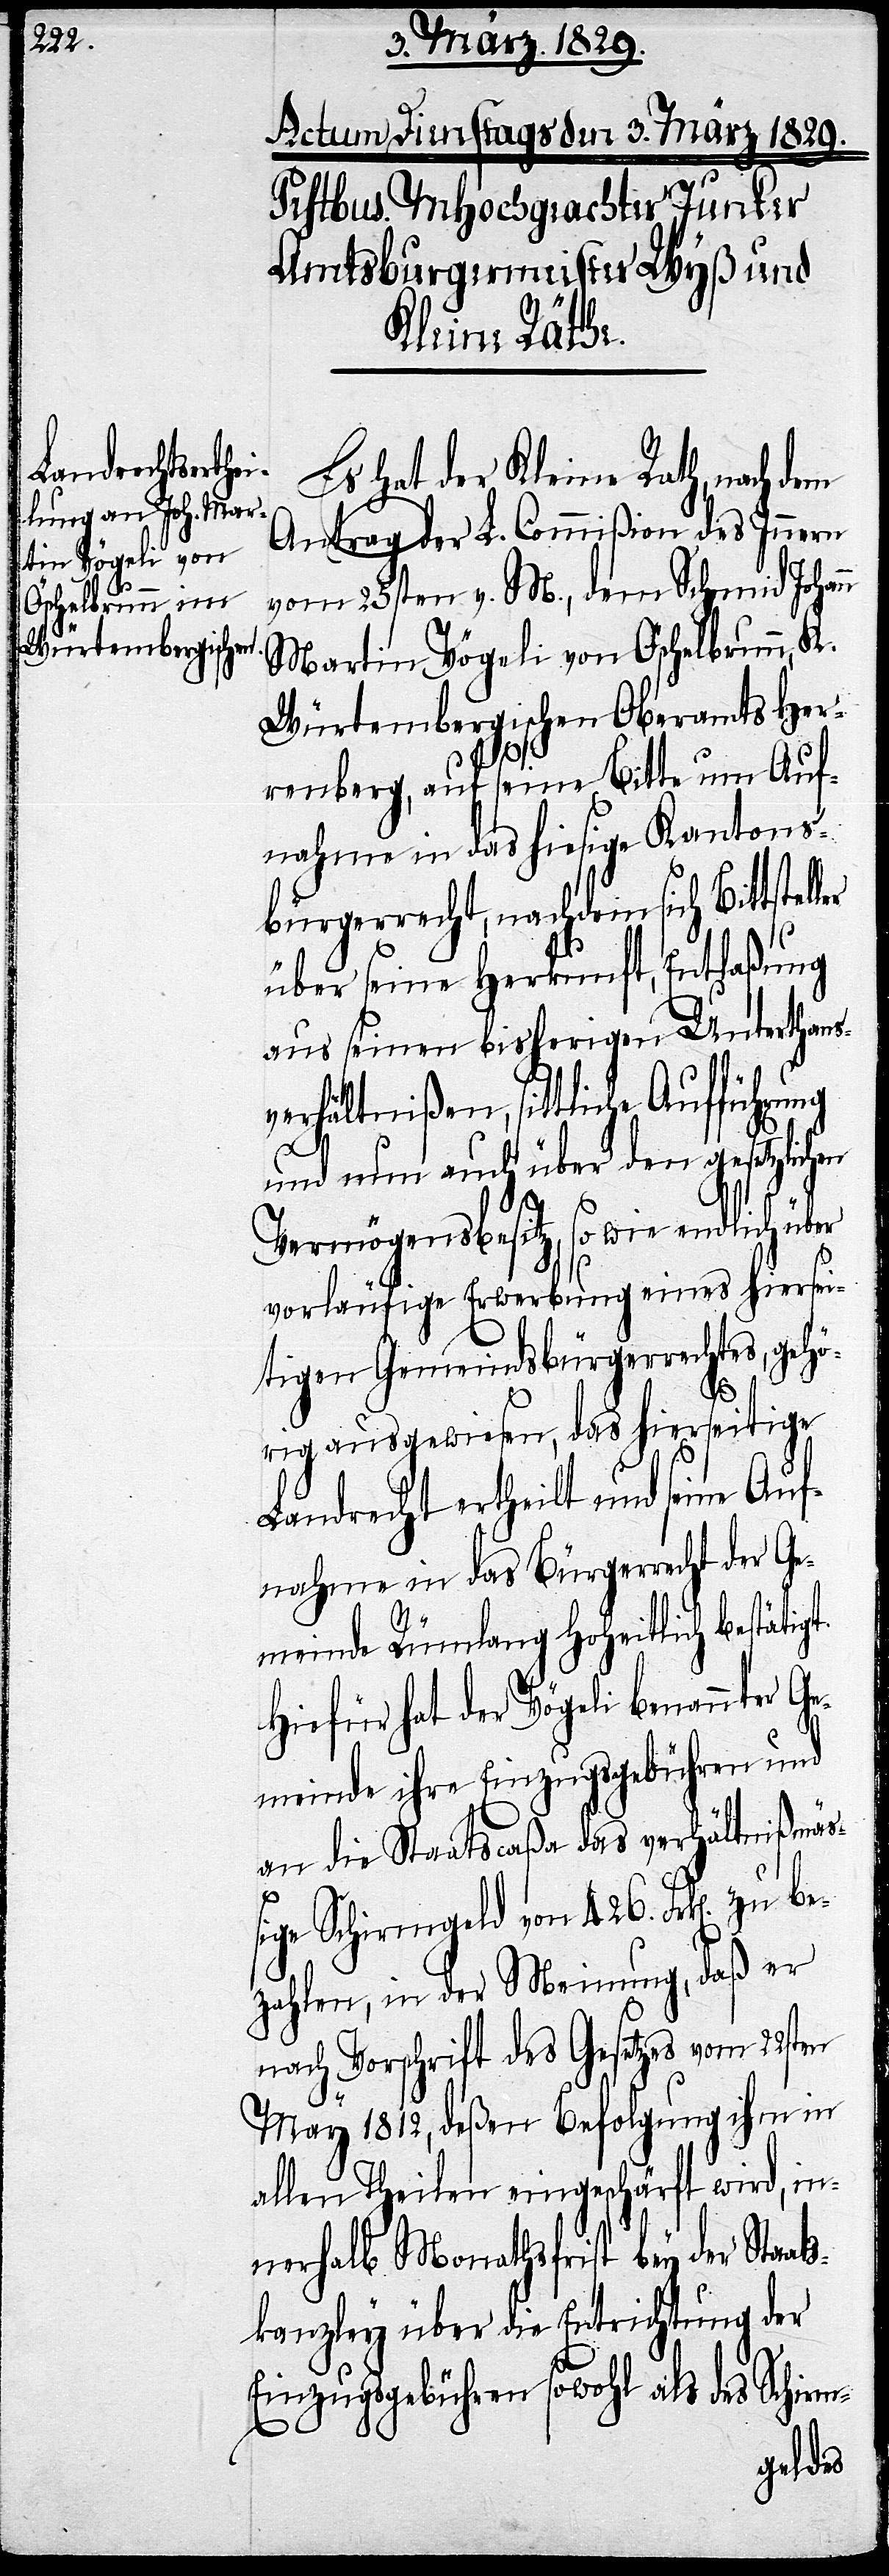
Es hat der Kleine Rath, nach dem
Antrag der L. Commißion des Innern
vom 25sten v. M., dem Schmid Johann
Martin Vögeli von Öschelbrunn, K.
Würtembergischen Oberamts Her¬
renberg, auf seine Bitte um Auf¬
nahme in das hiesige Kantons¬
bürgerrecht, nachdem sich Bittstel¬
über seinen bisherigen Unterthans¬
verhältnißen, sittliche Aufführung
be¬
und nun auch über den gesetzlichen
Vermögensbesitz, so wie endlich über
vorläufige Erwerbung eines hiersei¬
tigen Gemeindsbürgerrechtes, gehö¬
rig ausgewiesen, das hierseitige
Landrecht ertheilt und seine Auf¬
nahme in das Bürgerrecht der Ge¬
meinde Rümlang hoheitlich bestätig¬
Hiefür hat der Vögeli benannter G¬
emeinde ihre Einzugsgebühren und
an die Staatscaßa das verhältnißmäß¬
ige Schirmgeld von 426. Frk[en]. zu
zahlen, in der Meinung, daß er
nach Vorschrift des Gesetzes vom 22sten
May 1812, deßen Befolgung ihm in
allen Theilen eingeschärft wird, in¬
nerhalb Monathsfrist bey der Staat¬
skanzley über die Entrichtung der
Einzugsgebühren sowohl als des Schirm-